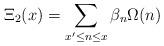
LaTeX: \begin{align*}\Xi_2(x)=\sum_{x'\le n \le x}\beta_n \Omega(n)\end{align*}